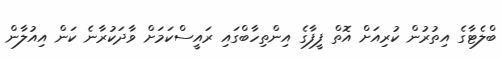
ބްލެޓާގެ އިތުރުން ކުރިއަށް އޮތް ފީފާގެ އިންތިހާބްގައި ރައީސްކަމަށް ވާދަކުރާނެ ކަން އިއުލާން